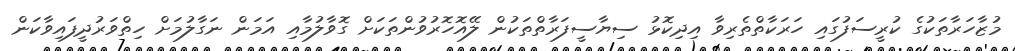
މުޒާހަރާތަކުގެ ކުރީސަފުގައި ހަރަކާތްތެރިވާ އިދިކޮޅު ސިޔާސީފަރާތްތަކުން ލޭއޮހޮރުވުންތަކަށް ގޮވާލުމާއި އަމަން ނަގާލުމަށް ހިތްވަރުދީފައިވާކަން